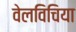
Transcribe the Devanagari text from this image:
वेलविचिया